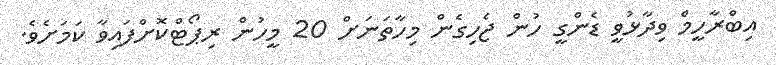
އިބްރާހީމް ވިދާޅުވީ ޑެންގީ ހުން ޖެހިގެން މިހާތަނަށް 20 މީހުން ރިޕޯޓްކޮށްފައިވާ ކަމަށެވެ.